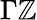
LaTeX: \Gamma\mathbb{Z}